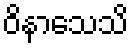
ဝိနာသေသိ